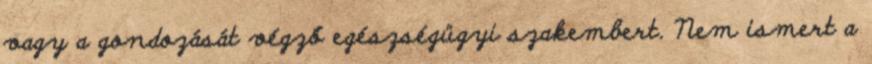
vagy a gondozását végző egészségügyi szakembert. Nem ismert a